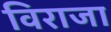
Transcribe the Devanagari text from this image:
विराजा